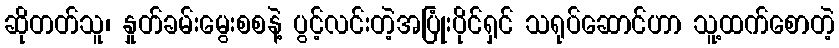
ဆိုတတ်သူ၊ နှုတ်ခမ်းမွေးစစနဲ့ ပွင့်လင်းတဲ့အပြုံးပိုင်ရှင် သရုပ်ဆောင်ဟာ သူ့ထက်စောတဲ့